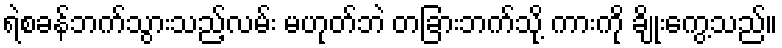
ရဲစခန်ဘက်သွားသည့်လမ်း မဟုတ်ဘဲ တခြားဘက်သို့ ကားကို ချိုးကွေ့သည်။